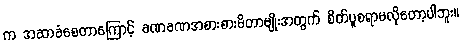
က အဆာခံစေတာကြောင့် ခဏခဏအစားစားမိတာမျိုးအတွက် စိတ်ပူစရာမလိုတော့ပါဘူး။